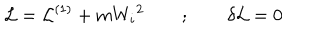
{ \cal L } = { \cal L } ^ { ( 1 ) } + m { W _ { i } } ^ { 2 } \quad \quad ; \quad \quad \delta { \cal L } = 0